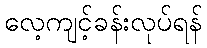
လေ့ကျင့်ခန်းလုပ်ရန်